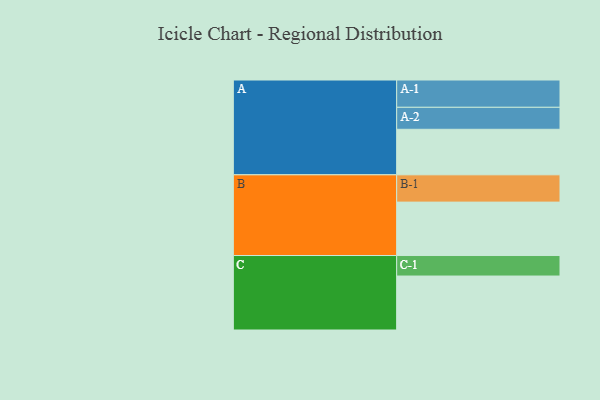
{"axis": {"x": "Segment", "y": "Value"}, "legend": ["", "A", "B", "C"], "data": [{"x": "A", "y": 497, "type": ""}, {"x": "B", "y": 583, "type": ""}, {"x": "C", "y": 589, "type": ""}, {"x": "A-1", "y": 298, "type": "A"}, {"x": "A-2", "y": 240, "type": "A"}, {"x": "B-1", "y": 298, "type": "B"}, {"x": "C-1", "y": 224, "type": "C"}]}